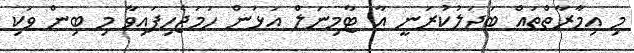
މި އިމާރާތްތައް ބަދަލުކުރަނީ އާ ޓާމިނަލް އަޅަން ހަމަޖެހިފައިވާ މި ބިން ވަކި